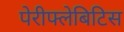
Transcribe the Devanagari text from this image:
पेरीफ्लेबिटिस